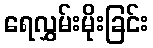
ရေလွှမ်းမိုးခြင်း